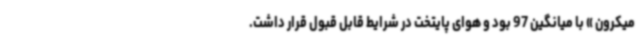
میکرون » با میانگین 97 بود و هوای پایتخت در شرایط قابل قبول قرار داشت.